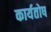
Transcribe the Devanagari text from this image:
कार्यतोष